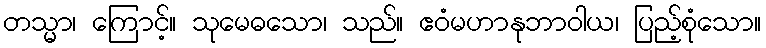
တသ္မာ၊ ကြောင့်။ သုမေဓသော၊ သည်။ ဧဝံမဟာနုဘာဝါယ၊ ပြည့်စုံသော။